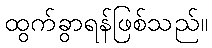
ထွက်ခွာရန်ဖြစ်သည်။